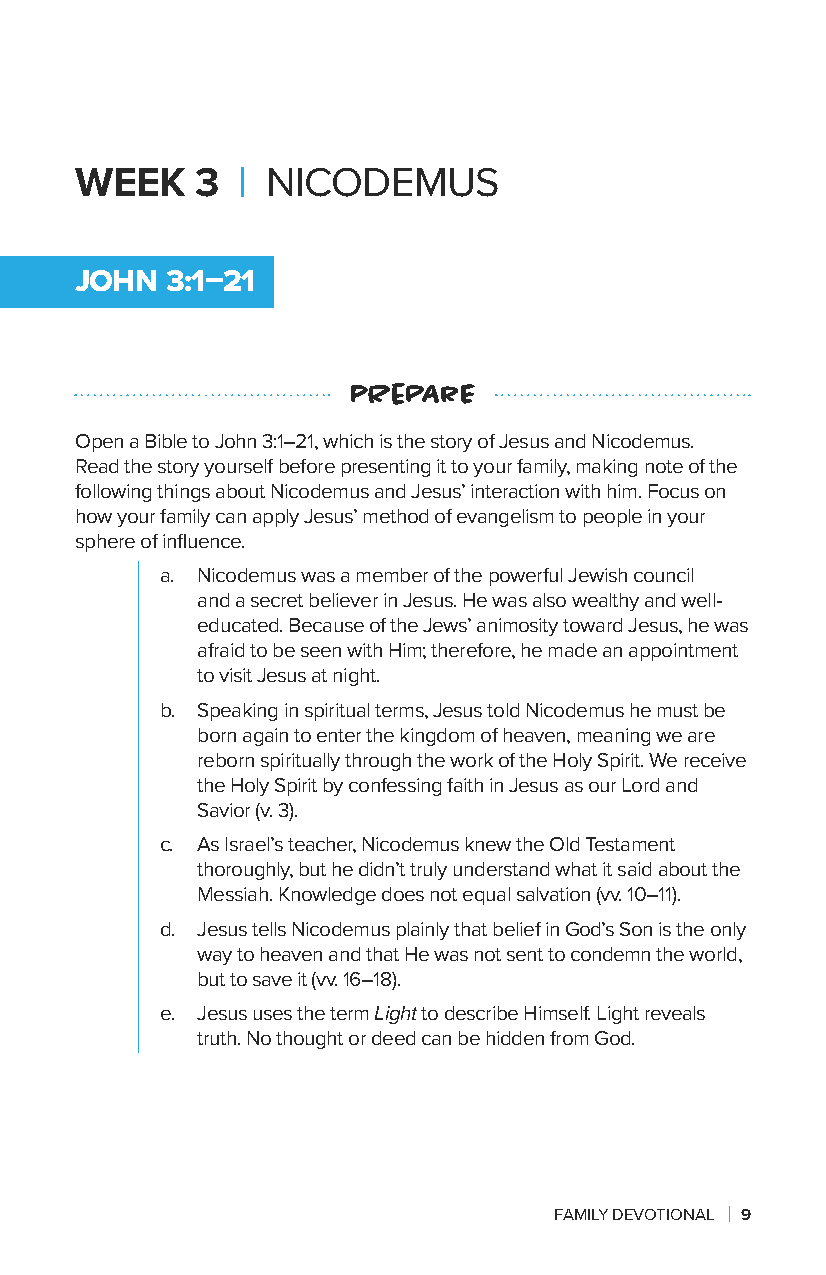
WEEK    3  | NICODEMUS
 JOHN  3:1–21
 pRePArE
 Open a Bible to John 3:1–21, which is the story of Jesus and Nicodemus.
 Read the story yourself before presenting it to your family, making note of the
 following things about Nicodemus and Jesus’ interaction with him. Focus on
 how your family can apply Jesus’ method of evangelism to people in your
 sphere of influence.
 a. Nicodemus was a member of the powerful Jewish council
 and a secret believer in Jesus. He was also wealthy and well-
 educated. Because of the Jews’ animosity toward Jesus, he was
 afraid to be seen with Him; therefore, he made an appointment
 to visit Jesus at night.
 b. Speaking in spiritual terms, Jesus told Nicodemus he must be
 born again to enter the kingdom of heaven, meaning we are
 reborn spiritually through the work of the Holy Spirit. We receive
 the Holy Spirit by confessing faith in Jesus as our Lord and
 Savior (v. 3).
 c. As Israel’s teacher, Nicodemus knew the Old Testament
 thoroughly, but he didn’t truly understand what it said about the
 Messiah. Knowledge does not equal salvation (vv. 10–11).
 d. Jesus tells Nicodemus plainly that belief in God’s Son is the only
 way to heaven and that He was not sent to condemn the world,
 but to save it (vv. 16–18).
 e. Jesus uses the term Light to describe Himself. Light reveals
 truth. No thought or deed can be hidden from God.
 FAMILY DEVOTIONAL | 9